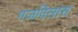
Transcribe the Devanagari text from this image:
गजविलास